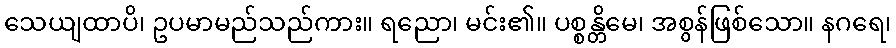
သေယျထာပိ၊ ဥပမာမည်သည်ကား။ ရညော၊ မင်း၏။ ပစ္စန္တိမေ၊ အစွန်ဖြစ်သော။ နဂရေ၊